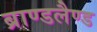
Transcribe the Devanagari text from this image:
ब्राण्डलैण्ड